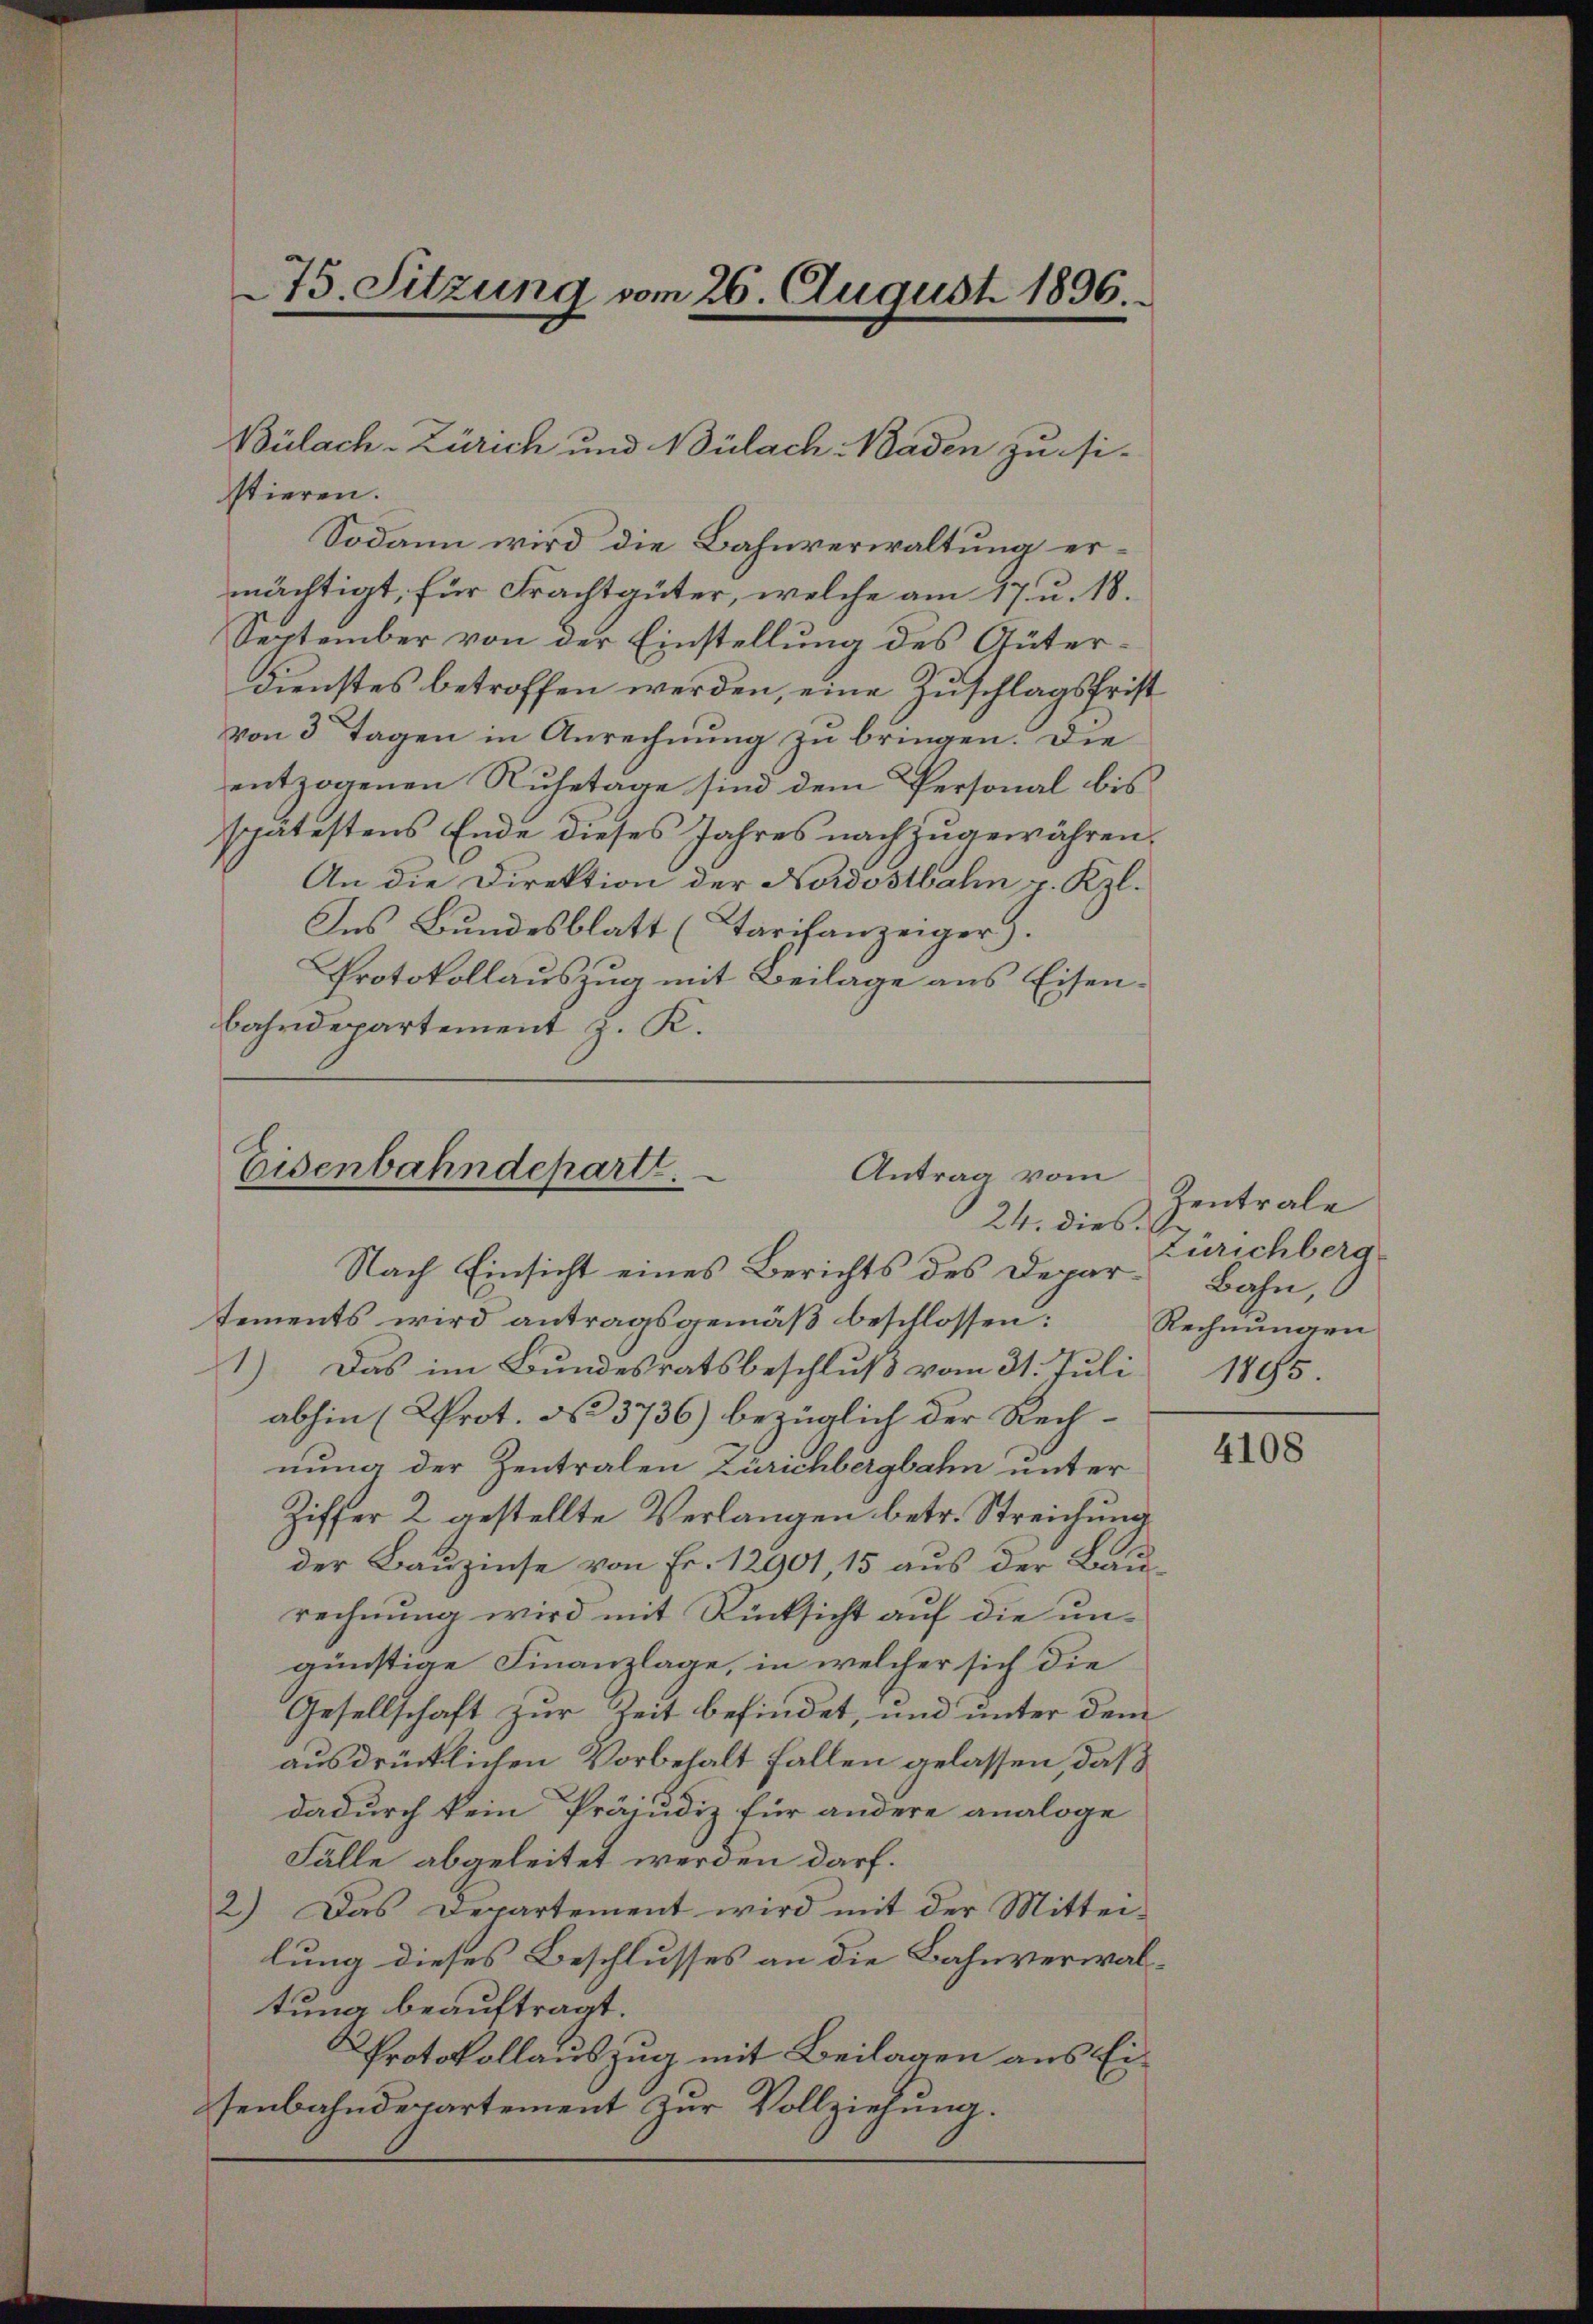
stieren.
Sodann wird die Bahnverwaltung ermächtigt, für Frachtgüter, welche am 17. u. 18.
September von der Einstellung des Güter¬
Dienstes betroffen werden, eine Zuschlagsfrist
von 3 Tagen in Anrechnung zu bringen. Die
entzogenen Ruhetage sind dem Personal bis
spätestens Ende dieses Jahres nachzugewähren,
An die Direktion der Nordostbahn p. Kzl.
Ins Bundesblatt (Tarifanzeiger).
Protokollauszug mit Beilage aus Eisenbahndepartement z. K.

75. Sitzung vom 26. August 1896.

Bülach-Zürich und Bülach Baden zu si-

C
Eisenbahndepart.
Antrag vom
24. dies

Nach Einsicht eines Berichts des Departements wird antragsgemäß beschlossen:
1.) Das im Bundesratsbeschluß vom 31. Juli
abhin (Krot. No 3736) bezüglich der Rech-
nung der Zentralen Zürichbergbahn unter
Ziffer 2 gestellte Verlangen betr. Streichung
der Bauzinse von Fr. 12901, 15 aus der Baurechnung wird mit Rücksicht auf die ungünstige Finanzlage, in welcher sich die
Gesellschaft zur Zeit befindet, und unter dem
ausdrücklichen Vorbehalt fallen gelassen, daß
dadurch kein Präjudiz für andere analoge
Fälle abgeleitet werden darf.
2.) Das Departement wird mit der Mitteilung dieses Beschlusses an die Bahnverwaltung beauftragt.
Protokollauszug mit Beilagen aus Eisenbahndepartement zur Vollziehung.

Zentrale
Zürichberg
Bahn,
Rechnungen
1795.

4108